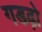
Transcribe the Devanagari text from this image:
गडढ़ो